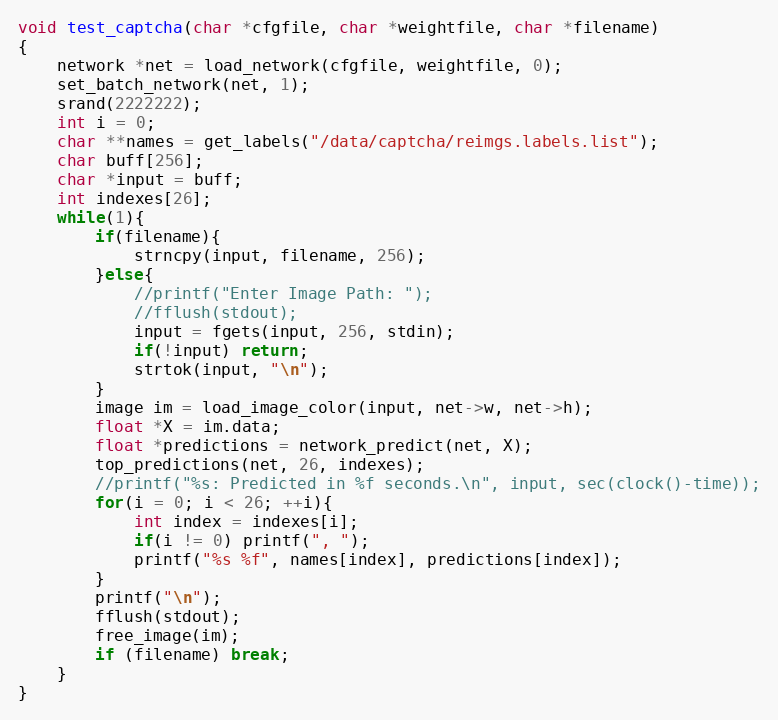
Language: C
void test_captcha(char *cfgfile, char *weightfile, char *filename)
{
    network *net = load_network(cfgfile, weightfile, 0);
    set_batch_network(net, 1);
    srand(2222222);
    int i = 0;
    char **names = get_labels("/data/captcha/reimgs.labels.list");
    char buff[256];
    char *input = buff;
    int indexes[26];
    while(1){
        if(filename){
            strncpy(input, filename, 256);
        }else{
            //printf("Enter Image Path: ");
            //fflush(stdout);
            input = fgets(input, 256, stdin);
            if(!input) return;
            strtok(input, "\n");
        }
        image im = load_image_color(input, net->w, net->h);
        float *X = im.data;
        float *predictions = network_predict(net, X);
        top_predictions(net, 26, indexes);
        //printf("%s: Predicted in %f seconds.\n", input, sec(clock()-time));
        for(i = 0; i < 26; ++i){
            int index = indexes[i];
            if(i != 0) printf(", ");
            printf("%s %f", names[index], predictions[index]);
        }
        printf("\n");
        fflush(stdout);
        free_image(im);
        if (filename) break;
    }
}